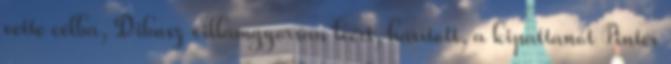
vette célba, Dibusz villámgyorsan leért, hárított, a kipattanót Pintér